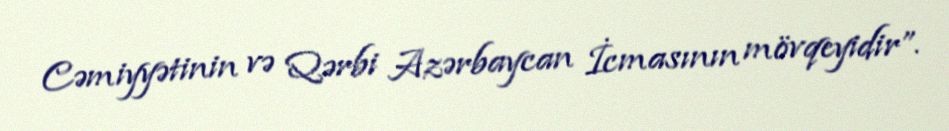
Cəmiyyətinin və Qərbi Azərbaycan İcmasının mövqeyidir”.